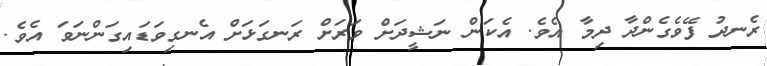
ރެނދު ފޭވެގެންދާ ދިމާ އެވެ. އެކަން ނަޝީދަށް ވަރަށް ރަނގަޅަށް އެނގިވަޑައިގަންނަވަ އެވެ.